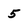
Character: 5